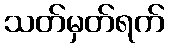
သတ်မှတ်ရက်